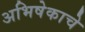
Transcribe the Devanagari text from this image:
अभिषेकाचे